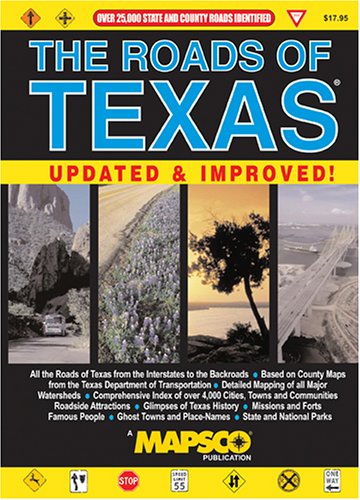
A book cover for The Roads of Texas; Texas A & M University; Travel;